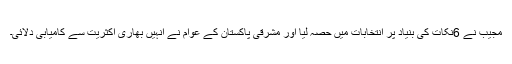
مجیب نے 6نکات کی بنیاد پر انتخابات میں حصہ لیا اور مشرقی پاکستان کے عوام نے انہیں بھاری اکثریت سے کامیابی دلائی۔